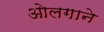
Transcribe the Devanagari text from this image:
ओलगाने